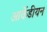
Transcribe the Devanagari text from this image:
आर्केडीयन